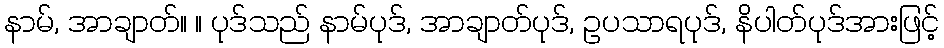
နာမ်, အာချာတ်။ ။ ပုဒ်သည် နာမ်ပုဒ်, အာချာတ်ပုဒ်, ဥပသာရပုဒ်, နိပါတ်ပုဒ်အားဖြင့်